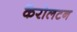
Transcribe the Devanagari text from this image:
कैरोलटन